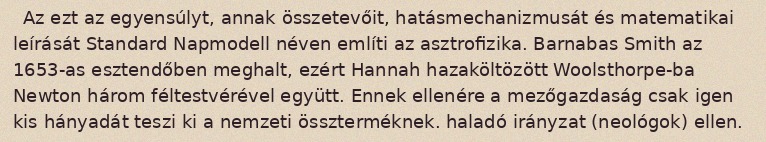
Az ezt az egyensúlyt, annak összetevőit, hatásmechanizmusát és matematikai leírását Standard Napmodell néven említi az asztrofizika. Barnabas Smith az 1653-as esztendőben meghalt, ezért Hannah hazaköltözött Woolsthorpe-ba Newton három féltestvérével együtt. Ennek ellenére a mezőgazdaság csak igen kis hányadát teszi ki a nemzeti összterméknek. haladó irányzat (neológok) ellen.